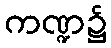
ကဏ္ဍ၌